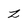
Character: z